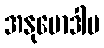
အနုမောဒါမ